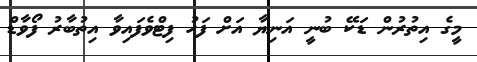
މީގެ އިތުރުން ޑަކޭ ބުނީ އަނިޔާ އަށް ފަހު ފިޓްވެފައިވާ އިތުބާރު ފޯވާޑް